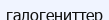
галогениттер